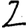
Digit: 2